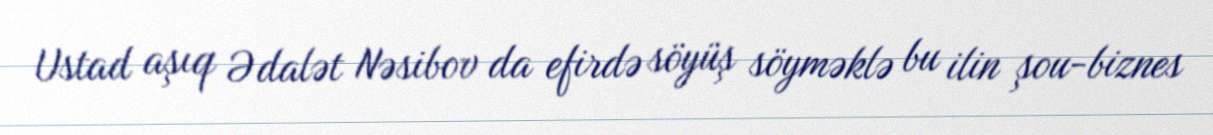
Ustad aşıq Ədalət Nəsibov da efirdə söyüş söyməklə bu ilin şou-biznes